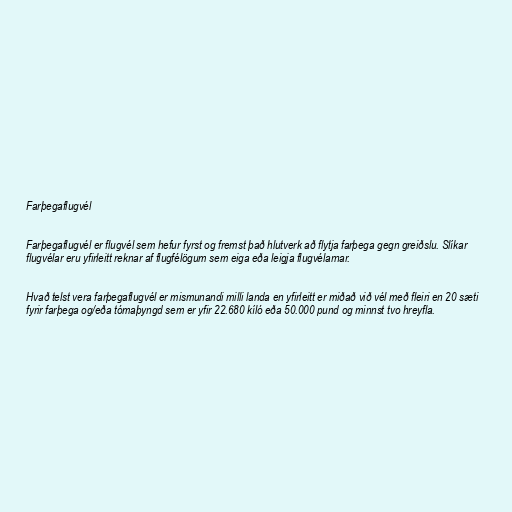
Farþegaflugvél

Farþegaflugvél er flugvél sem hefur fyrst og fremst það hlutverk að flytja farþega gegn greiðslu. Slíkar
flugvélar eru yfirleitt reknar af flugfélögum sem eiga eða leigja flugvélarnar.

Hvað telst vera farþegaflugvél er mismunandi milli landa en yfirleitt er miðað við vél með fleiri en 20 sæti
fyrir farþega og/eða tómaþyngd sem er yfir 22.680 kíló eða 50.000 pund og minnst tvo hreyfla.